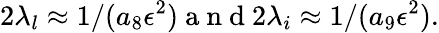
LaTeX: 2\lambda_{l}\approx 1/(a_{8}\epsilon^{2})\mathrm{~a~n~d~}2\lambda_{i}\approx 1/(a_{9}\epsilon^{2}).